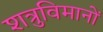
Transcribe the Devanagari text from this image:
शत्रुविमानों